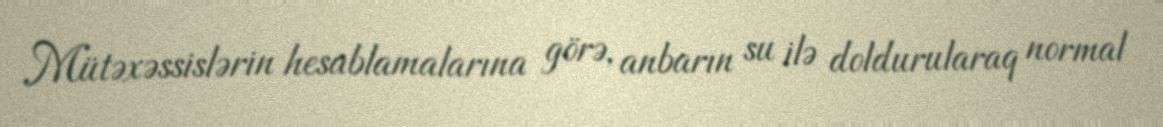
Mütəxəssislərin hesablamalarına görə, anbarın su ilə doldurularaq normal